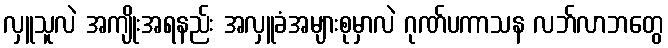
လှူသူလဲ အကျိုးအရနည်း အလှူခံအများစုမှာလဲ ဂုဏ်ပကာသန လဘ်လာဘတွေ